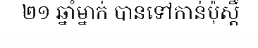
២១ ឆ្នាំម្នាក់ បានទៅកាន់ប៉ុស្តិ៍